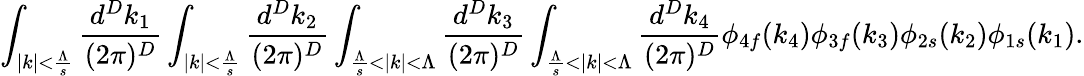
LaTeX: \int_{|k|<\frac{\Lambda}{s}}\frac{d^{D}k_{1}}{(2\pi)^{D}}\int_{|k|<\frac{\Lambda}{s}}\frac{d^{D}k_{2}}{(2\pi)^{D}}\int_{\frac{\Lambda}{s}<|k|<\Lambda}\frac{d^{D}k_{3}}{(2\pi)^{D}}\int_{\frac{\Lambda}{s}<|k|<\Lambda}\frac{d^{D}k_{4}}{(2\pi)^{D}}\phi_{4f}(k_{4})\phi_{3f}(k_{3})\phi_{2s}(k_{2})\phi_{1s}(k_{1}).